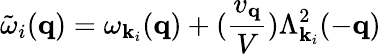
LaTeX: {\tilde{\omega}}_{i}({\mathbf{q}})=\omega_{{\mathbf{k}}_{i}}({\mathbf{q}})+(\frac{v_{{\mathbf{q}}}}{V})\Lambda_{{\mathbf{k}}_{i}}^{2}(-{\mathbf{q}})